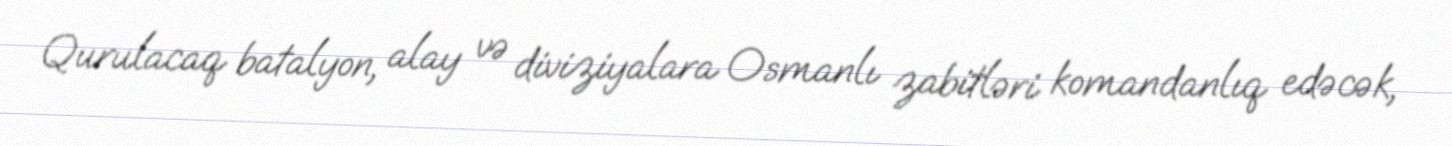
Qurulacaq batalyon, alay və diviziyalara Osmanlı zabitləri komandanlıq edəcək,